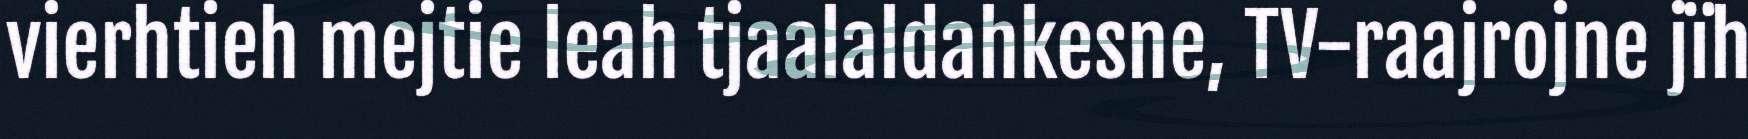
vierhtieh mejtie leah tjaalaldahkesne, TV-raajrojne jïh